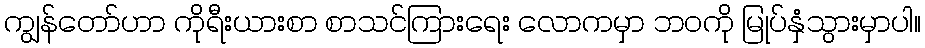
ကျွန်တော်ဟာ ကိုရီးယားစာ စာသင်ကြားရေး လောကမှာ ဘဝကို မြုပ်နှံသွားမှာပါ။